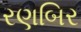
રણબિર